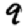
Digit: 9